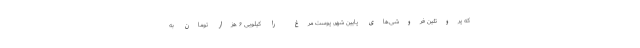
که پروتئین فروشی‌های پایین شهر، پوست مرغ را کیلویی ۶ هزار تومان به